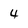
Character: 4